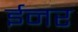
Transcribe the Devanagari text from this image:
ईनर